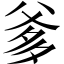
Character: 爹